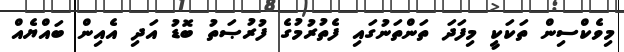
މިވެކްސިން ތަކަކީ މިފަދަ ތަންތަނުގައި ފެތުރުމުގެ ފުރުޞަތު ބޮޑު އަދި އެއިން ބައްޔެއް